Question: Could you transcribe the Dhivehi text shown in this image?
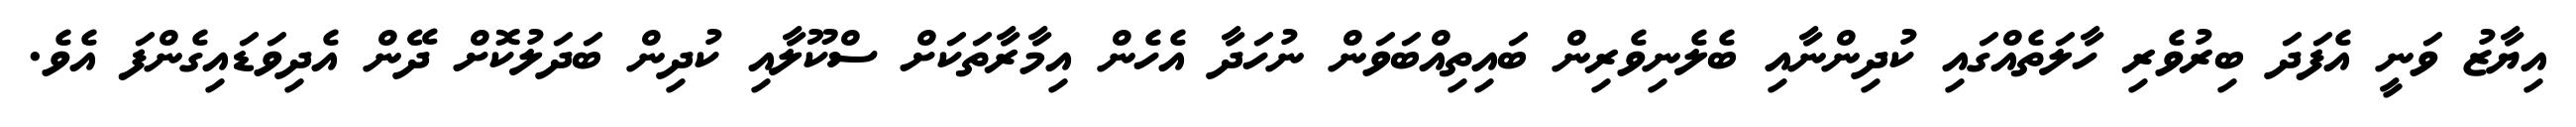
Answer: އިޔާޒު ވަނީ އެފަދަ ބިރުވެރި ހާލަތެއްގައި ކުދިންނާއި ބެލެނިވެރިން ބައިތިއްބަވަން ނުހަދާ އެހެން އިމާރާތަކަށް ސްކޫލާއި ކުދިން ބަދަލުކޮށް ދޭން އެދިވަޑައިގެންފަ އެވެ.